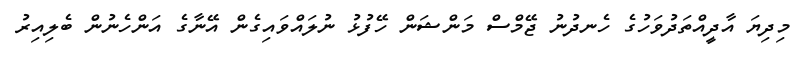
މިދިޔަ އާދީއްތަދުވަހުގެ ހެނދުނު ޖޭމްސް މަންޝަން ހޭފުޅު ނުލައްވައިގެން އޭނާގެ އަންހެނުން ބެލިއިރު